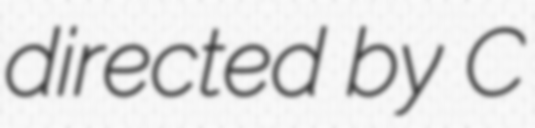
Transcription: directed by C